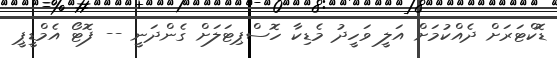
ޑޮކްޓަރަށް ދެއްކުމަށް އަލީ ވަހީދު މެޑިކާ ހޮސްޕިޓަލަށް ގެންދަނީ -- ފޮޓޯ އެމްޑީޕީ